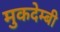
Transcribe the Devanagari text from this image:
मुकदेम्बी